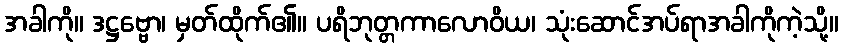
အခါကို။ ဒဋ္ဌဗ္ဗော၊ မှတ်ထိုက်၏။ ပရိဘုတ္တကာလောဝိယ၊ သုံးဆောင်အပ်ရာအခါကိုကဲ့သို့။